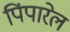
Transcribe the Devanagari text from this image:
पिंपारेल